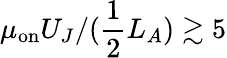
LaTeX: \mu_{\mathrm{on}}U_{J}/(\frac{1}{2}L_{A})\gtrsim 5